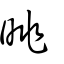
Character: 晀